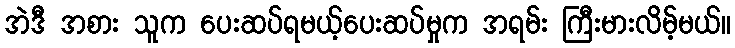
အဲဒီ အစား သူက ပေးဆပ်ရမယ့်ပေးဆပ်မှုက အရမ်း ကြီးမားလိမ့်မယ်။